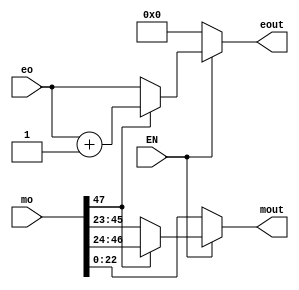
module mantissa(
input [47:0]mo,
input [7:0] eo,
output reg [22:0]mout,
output reg[7:0]eout,
input EN
);

always @(EN,mo,eo)
if (EN == 1'b1) 
begin
	if (mo[47]==1)	begin
	eout <= eo +1'b1;
	mout <= mo[46:24];
					end    
	else begin
	 eout <= eo;
	 mout <= mo[45:23];
	 end
	 end
else begin
	eout <= 0;
	mout <= mo[22:0];
end
endmodule